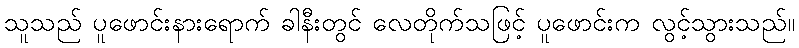
သူသည် ပူဖောင်းနားရောက် ခါနီးတွင် လေတိုက်သဖြင့် ပူဖောင်းက လွင့်သွားသည်။